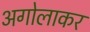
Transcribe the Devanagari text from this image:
अगोलाकर